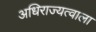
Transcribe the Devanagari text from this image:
अधिराज्यत्वाला